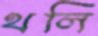
থলি